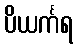
ပိယင်္ကရ